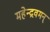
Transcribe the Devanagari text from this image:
महेन्द्रवमन्